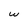
Character: w